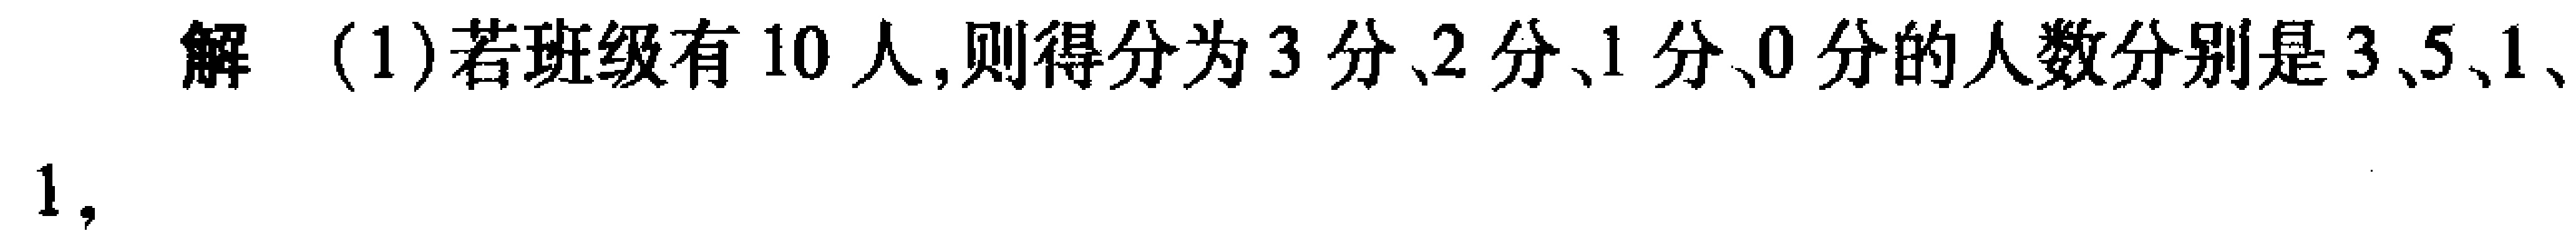
解 (1)若班级有 10 人,则得分为 3 分、2 分、1 分、0 分的人数分别是 3、5、1、

1,